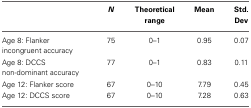
|  | N | Theoretical range | Mean | Std. Dev |
 | --- | --- | --- | --- | --- |
 | Age 8: Flanker incongruent accuracy | 75 | 0–1 | 0.95 | 0.07 |
 | Age 8: DCCS non-dominant accuracy | 77 | 0–1 | 0.83 | 0.11 |
 | Age 12: Flanker score | 67 | 0–10 | 7.79 | 0.45 |
 | Age 12: DCCS score | 67 | 0–10 | 7.28 | 0.63 |